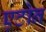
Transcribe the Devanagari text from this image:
एटोन